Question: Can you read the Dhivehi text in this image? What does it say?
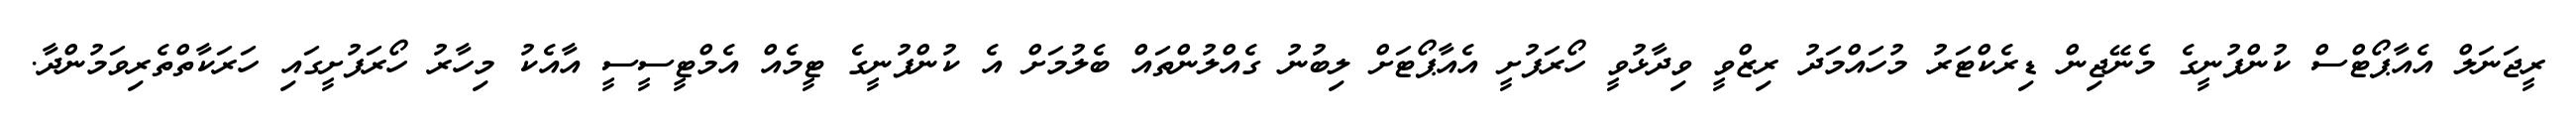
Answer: ރީޖަނަލް އެއާޕޯޓްސް ކުންފުނީގެ މެނޭޖިން ޑިރެކްޓަރު މުހައްމަދު ރިޒްވީ ވިދާޅުވީ ހޯރަފުށީ އެއާޕޯޓަށް ލިބުނު ގެއްލުންތައް ބެލުމަށް އެ ކުންފުނީގެ ޓީމެއް އެމްޓީސީސީ އާއެކު މިހާރު ހޯރަފުށީގައި ހަރަކާތްތެރިވަމުންދާ.